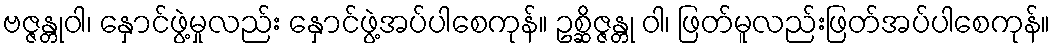
ဗဇ္ဇန္တုဝါ၊ နှောင်ဖွဲ့မှုလည်း နှောင်ဖွဲ့အပ်ပါစေကုန်။ ဥစ္ဆိဇ္ဇန္တု ဝါ၊ ဖြတ်မူလည်းဖြတ်အပ်ပါစေကုန်။